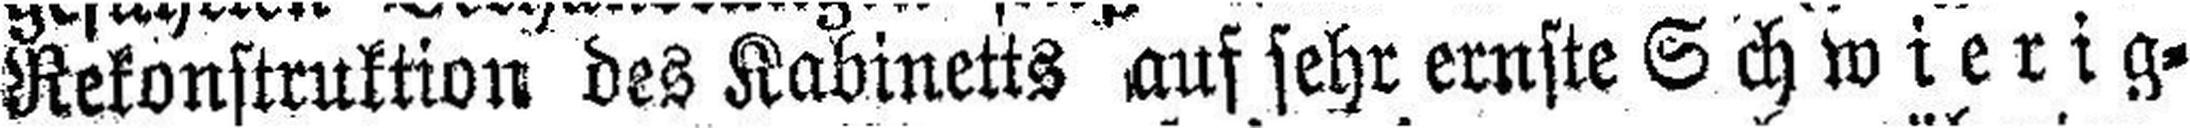
Rekonstruktion des Kabinetts auf sehr ernste Schwierig¬